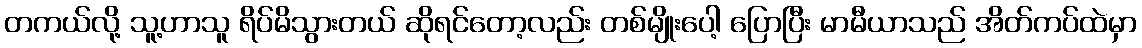
တကယ်လို့ သူ့ဟာသူ ရိပ်မိသွားတယ် ဆိုရင်တော့လည်း တစ်မျိုးပေါ့ ပြောပြီး မာမီယာသည် အိတ်ကပ်ထဲမှာ